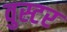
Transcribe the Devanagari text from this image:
वुस्टर